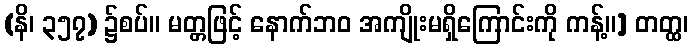
(နိ၊ ၃၅၇) ၌စပ်။ မတ္တဖြင့် နောက်ဘဝ အကျိုးမရှိကြောင်းကို ကန့်။] တတ္ထ၊